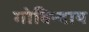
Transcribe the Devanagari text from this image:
गोविन्दाय